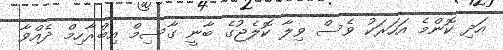
އަދި ކޮންމެ އަހަރަކު ވެސް ވިލާ ކޮލެޖުގެ ބާނީ ގާސިމް އިބްރާހިމް ދެއްވާ